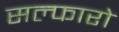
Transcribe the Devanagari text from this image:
सल्फारो